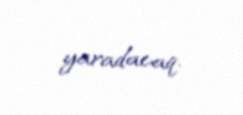
yaradacaq.